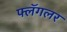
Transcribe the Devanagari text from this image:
फ्लॅगलर